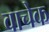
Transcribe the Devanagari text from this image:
वाचेक